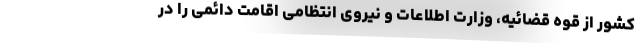
کشور از قوه قضائیه، وزارت اطلاعات و نیروی انتظامی اقامت دائمی را در